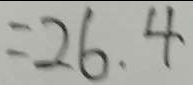
= 2 6 . 4